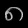
Digit: ၈